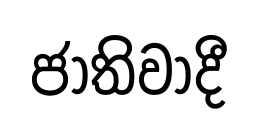
ජාතිවාදී